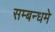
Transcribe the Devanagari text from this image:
सम्बन्धमे